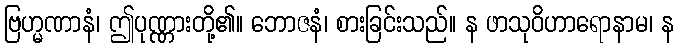
ဗြဟ္မဏာနံ၊ ဤပုဏ္ဏားတို့၏။ ဘောဇနံ၊ စားခြင်းသည်။ န ဖာသုဝိဟာရောနာမ၊ န